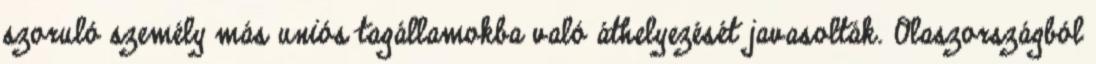
szoruló személy más uniós tagállamokba való áthelyezését javasolták. Olaszországból